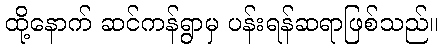
ထို့နောက် ဆင်ကန်ရွာမှ ပန်းရန်ဆရာဖြစ်သည်။